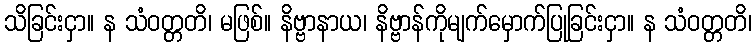
သိခြင်းငှာ။ န သံဝတ္တတိ၊ မဖြစ်။ နိဗ္ဗာနာယ၊ နိဗ္ဗာန်ကိုမျက်မှောက်ပြုခြင်းငှာ။ န သံဝတ္တတိ၊